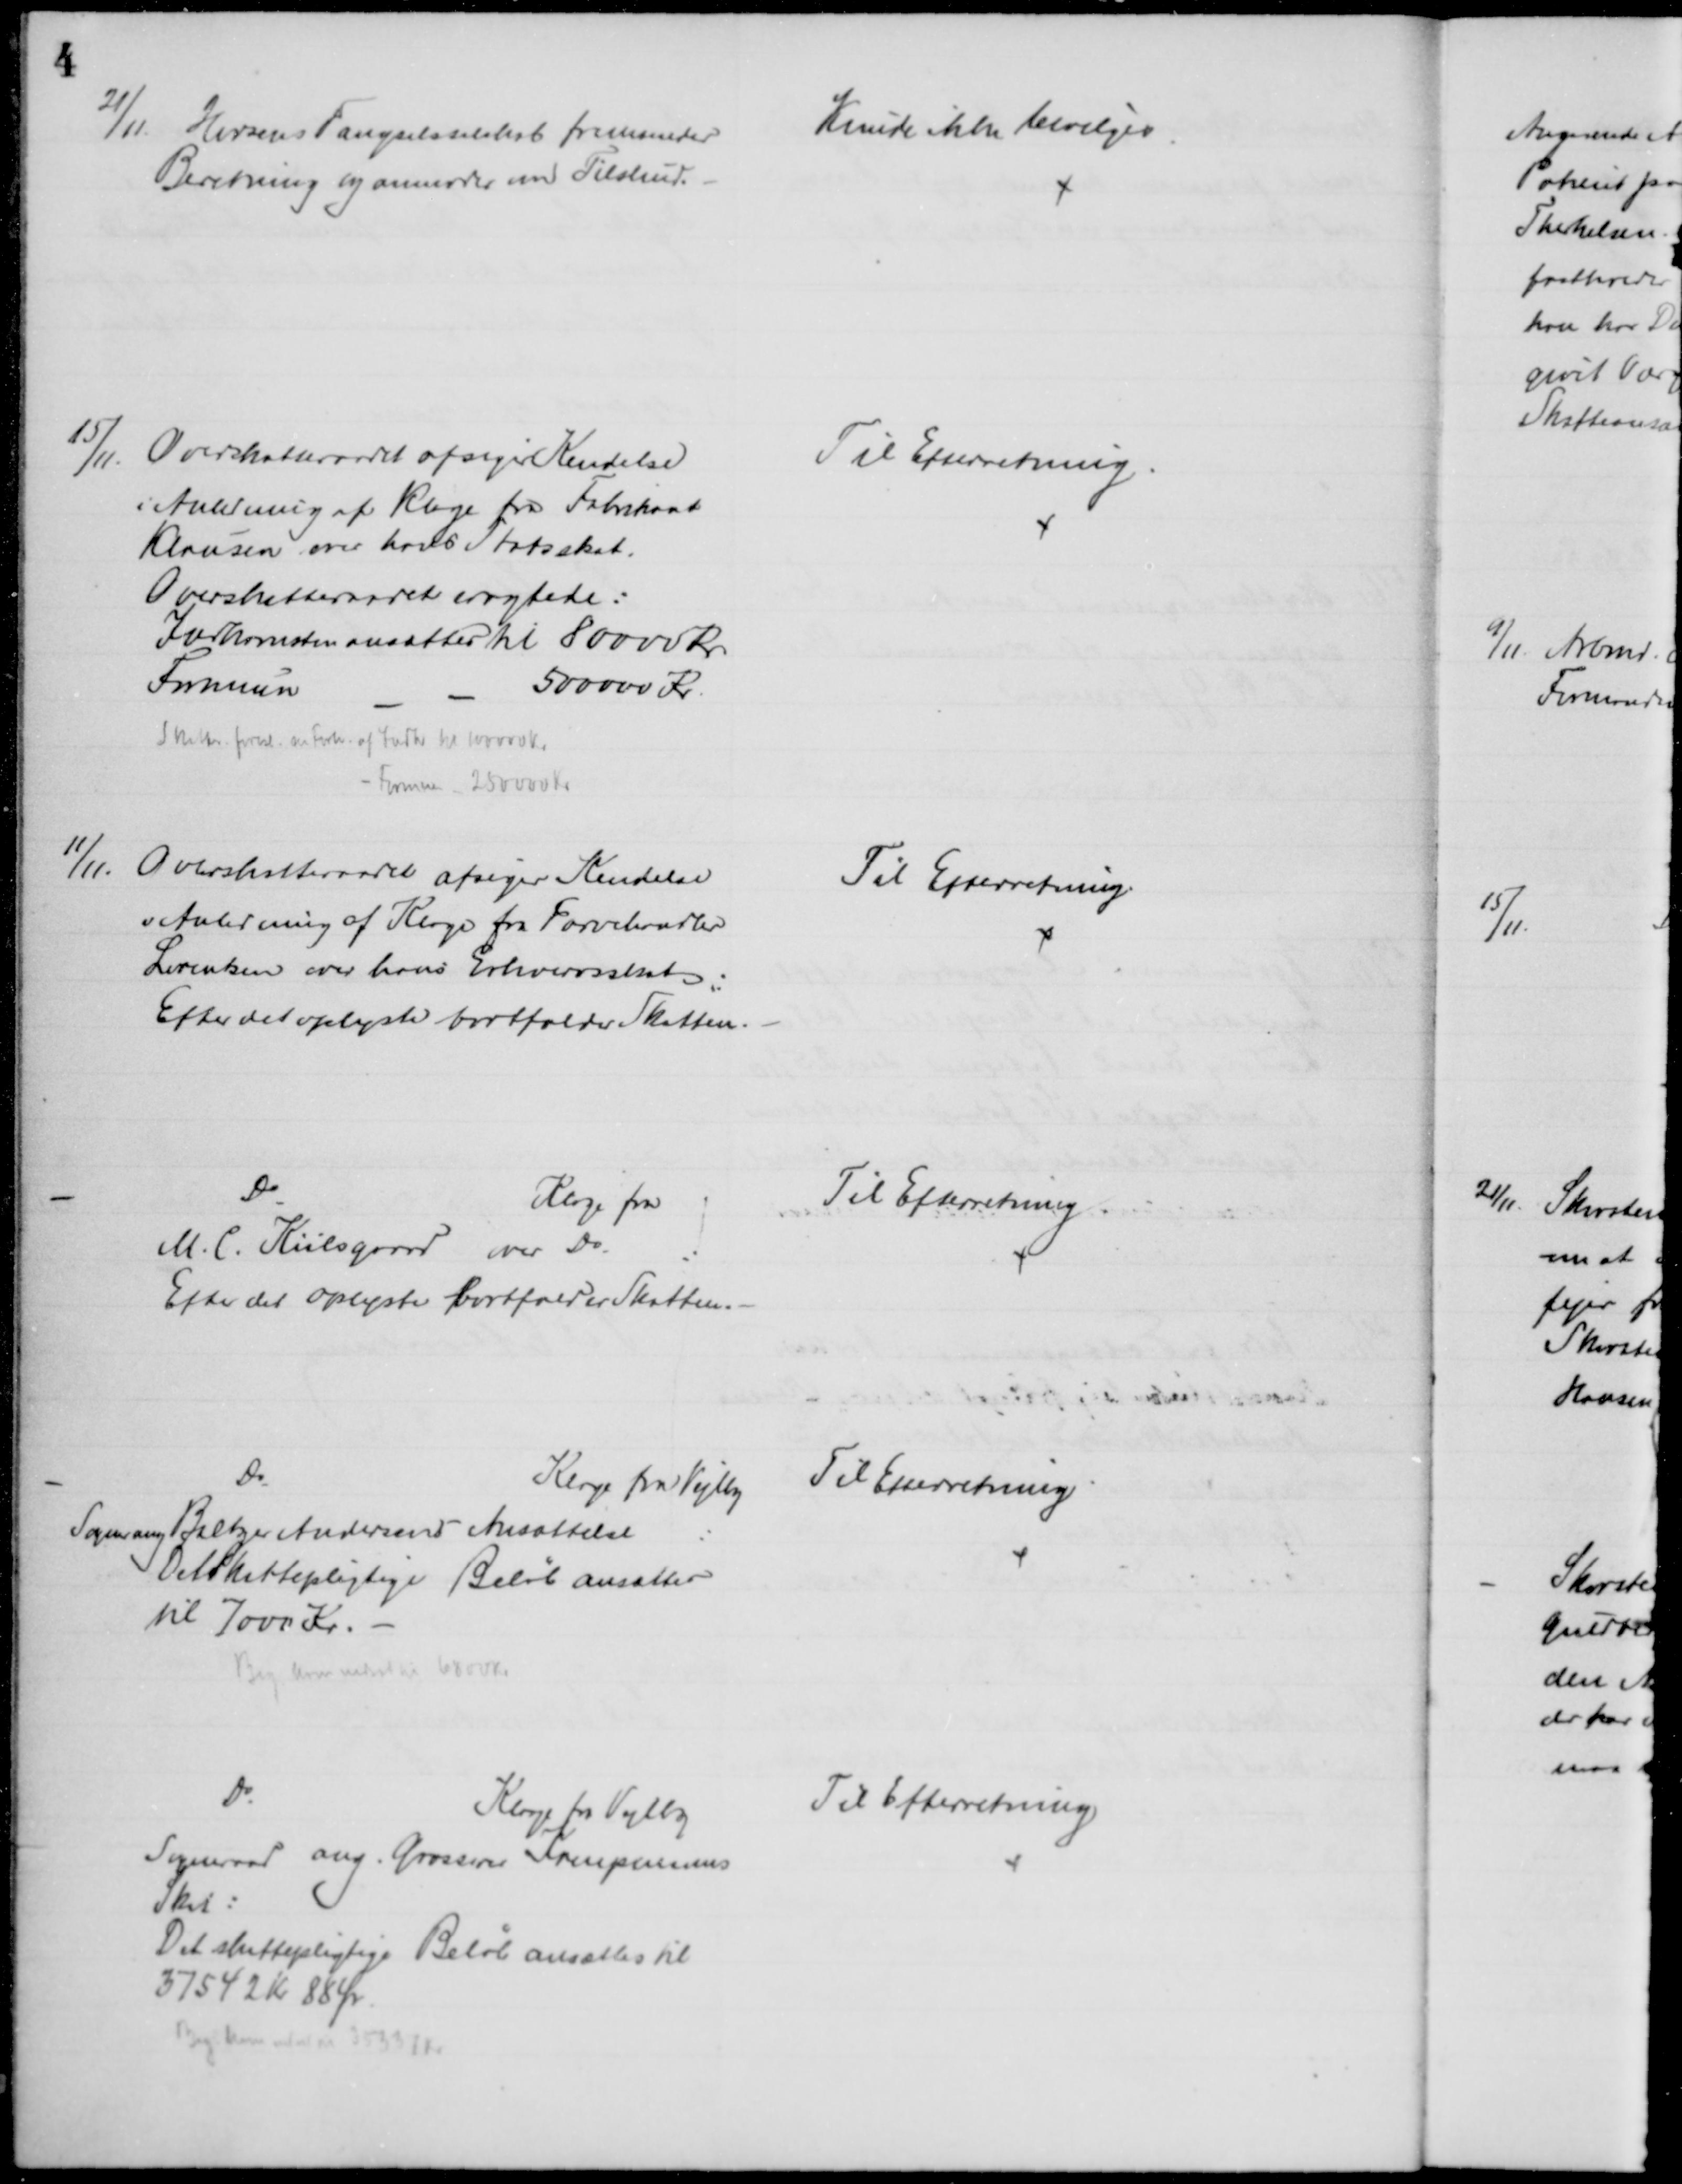
Transskription:
21/11
Horsens Fængselsselskab fremsender
Beretning og anmoder om Tilskud.
Kunde ikke bevilges
15/11.
Overskatteraadet afsiger Kendelse
i Anledning af Klage fra Fabrikant
Klausen over hans Statsskat.
Overskatteraadet eragtede:
Indkomsten ansættes til 80000 Kr. 
Formuen
500000 Kr.
Skatten forud. m Forh. af Indk til 100000 Kr.
Formuen 250000 Kr
Til Efterretning.
11/11.
Overskatteraadet afsiger Kendelse
i Anledning af Klage fra Torvehandler
Lorentsen over hans Erhvervsskat
Efter det oplyste bortfalder Skatten.
Til Efterretning
Do
Klage fra
M. C. Kiilsgaard over Do.
Efter det oplyste bortfalder Skatten.
Til Efterretning
Do
Klage fra Vejlby
Sogner ang Baltzer Andersens Ansættelse
Det Skattepligtige Beløb ansattes
til 7000 Kr. 
Beg.  nedsat til 6800 Kr
Til Efterretning.
Do.
Klage fra Vejlby
Sogneraad ang. Grosserer Kampmanns
Skat:
Det skattepligtige Beløb ansættes til
37542 Kr 88 Ør
 nedsat m 2533Kr
Til Efterretning